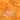
آباء